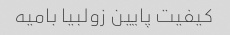
کیفیت پایین زولبیا بامیه